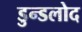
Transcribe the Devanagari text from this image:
डुन्डलोद